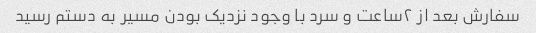
سفارش بعد از ۲ساعت و سرد با وجود نزدیک بودن مسیر به دستم رسید